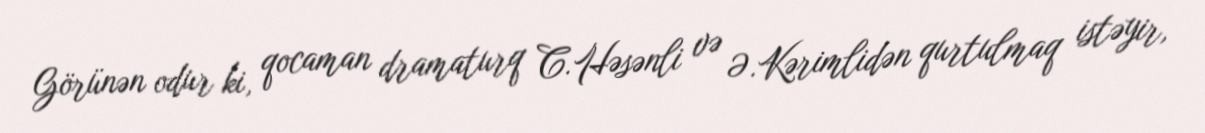
Görünən odur ki, qocaman dramaturq C.Həsənli və Ə.Kərimlidən qurtulmaq istəyir,